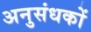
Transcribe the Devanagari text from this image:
अनुसंधकों